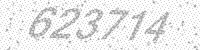
Solution: 623714